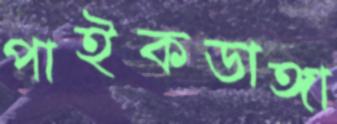
পাইকডাঙ্গা